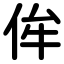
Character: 侔